Sanitation, dispensaries and jails vaccination Rajputana 1922-1927 - 1922-1927
Year: 1922
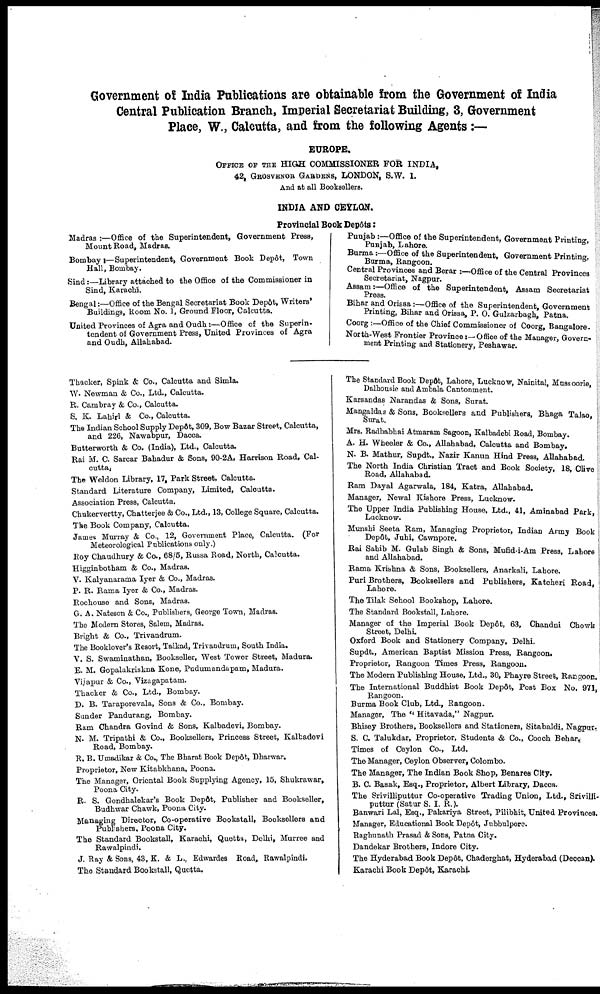
Government of India Publications are obtainable from the Government of India
Central Publication Branch, Imperial Secretariat Building, 3, Government
Place, W., Calcutta, and from the following Agents :—
EUROPE.
OFFICE OF THE HIGH COMMISSIONER FOR INDIA,
42, GROSVENOR GARDENS, LONDON, S.W. 1.
And at all Booksellers.
INDIA AND CEYLON.
Provincial Book Depôts:
Madras :—Office of the Superintendent, Government Press,
Mount Road, Madras.
Bombay :—Superintendent, Government Book Depôt, Town
Hall, Bombay.
Sind:—Library attached to the Office of the Commissioner in
Sind, Karachi.
Bengal:—Office of the Bengal Secretariat Book Depôt, Writers'
Buildings, Room No. 1, Ground Floor, Calcutta.
United Provinces of Agra and Oudh:—Office of the Superin-
tendent of Government Press, United Provinces of Agra
and Oudh, Allahabad.
Punjab:—Office of the Superintendent, Government Printing,
Punjab, Lahore.
Burma:—Office of the Superintendent, Government Printing,
Burma, Rangoon.
Central Provinces and Berar :—Office of the Central Provinces
Secretariat, Nagpur.
Assam:—Office of the Superintendent, Assam Secretariat
Press.
Bihar and Orissa:—Office of the Superintendent, Government
Printing, Bihar and Orissa, P. O. Gulzarbagh, Patna.
Coorg :—Office of the Chief Commissioner of Coorg, Bangalore.
North-West Frontier Province:—Office of the Manager, Govern-
ment Printing and Stationery, Peshawar.
Thacker, Spink & Co., Calcutta and Simla.
W. Newman & Co., Ltd., Calcutta.
R. Cambray & Co., Calcutta.
S. K. Lahirl & Co., Calcutta.
The Indian School Supply Depôt, 309, Bow Bazar Street, Calcutta,
and 226, Nawabpur, Dacca.
Butterworth & Co. (India), Ltd., Calcutta.
Rai M. C. Sarcar Bahadur & Sons, 90-2A, Harrison Road, Cal¬
cutta.
The Weldon Library, 17, Park Street, Calcutta.
Standard Literature Company, Limited, Calcutta.
Association Press, Calcutta.
Chukervertty, Chatterjee & Co., Ltd., 13, College Square, Calcutta.
The Book Company, Calcutta.
James Murray & Co., 12, Government Place, Calcutta. (For
Meteorological Publications only.)
Roy Chaudhury & Co., 68/5, Russa Road, North, Calcutta.
Higginbotham & Co., Madras.
V. Kalyanarama Iyer & Co., Madras.
P. R. Rama Iyer & Co., Madras.
Rochouse and Sons, Madras.
G. A. Nateson & Co., Publishers, George Town, Madras.
The Modern Stores, Salem, Madras.
Bright & Co., Trivandrum.
The Booklover's Resort, Taikad, Trivandrum, South India.
V. S. Swaminathan, Bookseller, West Tower Street, Madura.
E. M. Gopalakriskna Kone, Pudumandapam, Madura.
Vijapur & Co., Vizagapatam.
Thacker & Co., Ltd., Bombay.
D. B. Taraporevala, Sons & Co., Bombay.
Sunder Pandurang, Bombay.
Ram Chandra Govind & Sons, Kalbadevi, Bombay.
N. M. Tripathi & Co., Booksellers, Princess Street, Kalbadevi
Road, Bombay.
R. B. Umadikar & Co., The Bharat Book Depôt, Dharwar,
Proprietor, New Kitabkhana, Poona.
The Manager, Oriental Book Supplying Agency, 15, Shukrawar,
Poona City.
R. S. Gondhalekar's Book Depôt, Publisher and Bookseller,
Budhwar Chawk, Poona City.
Managing Director, Co-operative Bookstall, Booksellers and
Publishers, Poona City.
The Standard Bookstall, Karachi, Quetta, Delhi, Murree and
Rawalpindi.
J. Ray & Sons, 43, K. & L., Edwardes Road, Rawalpindi.
The Standard Bookstall, Quotta.
The Standard Book Depôt, Lahore, Lucknow, Nainital, Mussoorie,
Dalhousie and Ambala Cantonment.
Karsandas Narandas & Sons, Surat.
Mangaldas & Sons, Booksellers and Publishers, Bhaga Talao,
Surat.
Mrs. Radhabhai Atmaram Sagoon, Kalbadebi Road, Bombay.
A. H. Wheeler & Co., Allahabad, Calcutta and Bombay.
N. B. Mathur, Supdt., Nazir Kanun Hind Press, Allahabad.
The North India Christian Tract and Book Society, 18, Olive
Road, Allahabad.
Ram Dayal Agarwala, 184, Katra, Allahabad.
Manager, Newal Kishore Press, Lucknow.
The Upper India Publishing House, Ltd., 41, Aminabad Park,
Lucknow.
Munshi Seeta Ram, Managing Proprietor, Indian Army Book
Depôt, Juhi, Cawnpore.
Rai Sahib M. Gulab Singh & Sons, Mufid-i-Am Press, Lahore
and Allahabad.
Rama Krishna & Sons, Booksellers, Anarkali, Lahore.
Puri Brothers, Booksellers and Publishers, Katcheri Road,
Lahore.
The Tilak School Bookshop, Lahore.
The Standard Bookstall, Lahore.
Manager of the Imperial Book Depôt, 63, Chandni Chowk
Street, Delhi.
Oxford Book and Stationery Company, Delhi.
Supdt., American Baptist Mission Press, Rangoon.
Proprietor, Rangoon Times Press, Rangoon.
The Modern Publishing House, Ltd., 30, Phayre Street, Rangoon.
The International Buddhist Book Depôt, Post Box No. 971,
Rangoon.
Burma Book Club, Ltd., Rangoon.
Manager, The " Hitavada," Nagpur.
Bhisey Brothers, Booksellers and Stationers, Sitabaldi, Nagpur .
S. C. Talukdar, Proprietor, Students & Co., Cooch Behar.
Times of Ceylon Co., Ltd.
The Manager, Ceylon Observer, Colombo.
The Manager, The Indian Book Shop, Benares City.
B. C. Basak, Esq., Proprietor, Albert Library, Dacca.
The Srivilliputtur Co-operative Trading Union, Ltd., Srivilli¬
puttur (Satur S. I. R.).
Banwari Lal, Esq., Pakariya Street, Pilibhit, United Provinces.
Manager, Educational Book Depôt, Jubbulpore.
Raghunath Prasad & Sons, Patna City.
Dandekar Brothers, Indore City.
The Hyderabad Book Depôt, Chaderghat, Hyderabad (Deccan).
Karachi Book Depôt, Karachi.